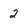
Character: 2